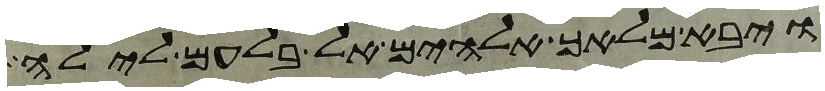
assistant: ויבא מלאך אלהים אל בלעם לילה